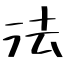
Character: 法